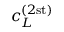
c _ { L } ^ { ( 2 \mathrm { s t ) } }